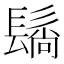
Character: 𬴬